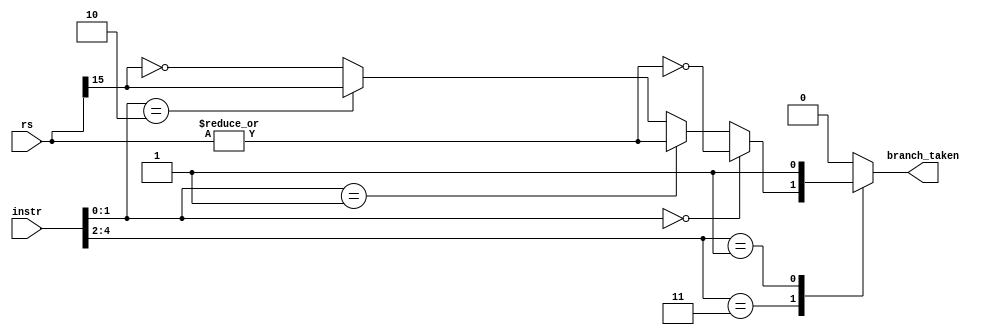
module branch_detector(rs, instr, branch_taken);
	input [15:0] rs;
	input [4:0] instr;
	output reg branch_taken;

	wire eqz, nez, ltz, gez;
	assign eqz = ~(|rs);
	assign nez = |rs;
	assign ltz = rs[15];
	assign gez = ~rs[15];

	always@(*) begin
		case(instr[4:2]) 
			3'b011: begin
				branch_taken = (instr[1:0] == 2'b00) ? eqz : (instr[1:0] ==
					2'b01) ? nez : (instr[1:0] == 2'b10) ? ltz : gez;
			end
			3'b001: begin	// Jump instructions
				branch_taken = 1'b1;
			end
			default: begin
				branch_taken = 1'b0;
			end
		endcase
	end
endmodule